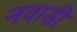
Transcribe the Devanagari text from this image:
नवाडी